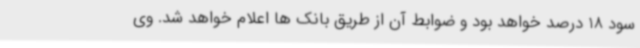
سود 18 درصد خواهد بود و ضوابط آن از طریق بانک ها اعلام خواهد شد. وی